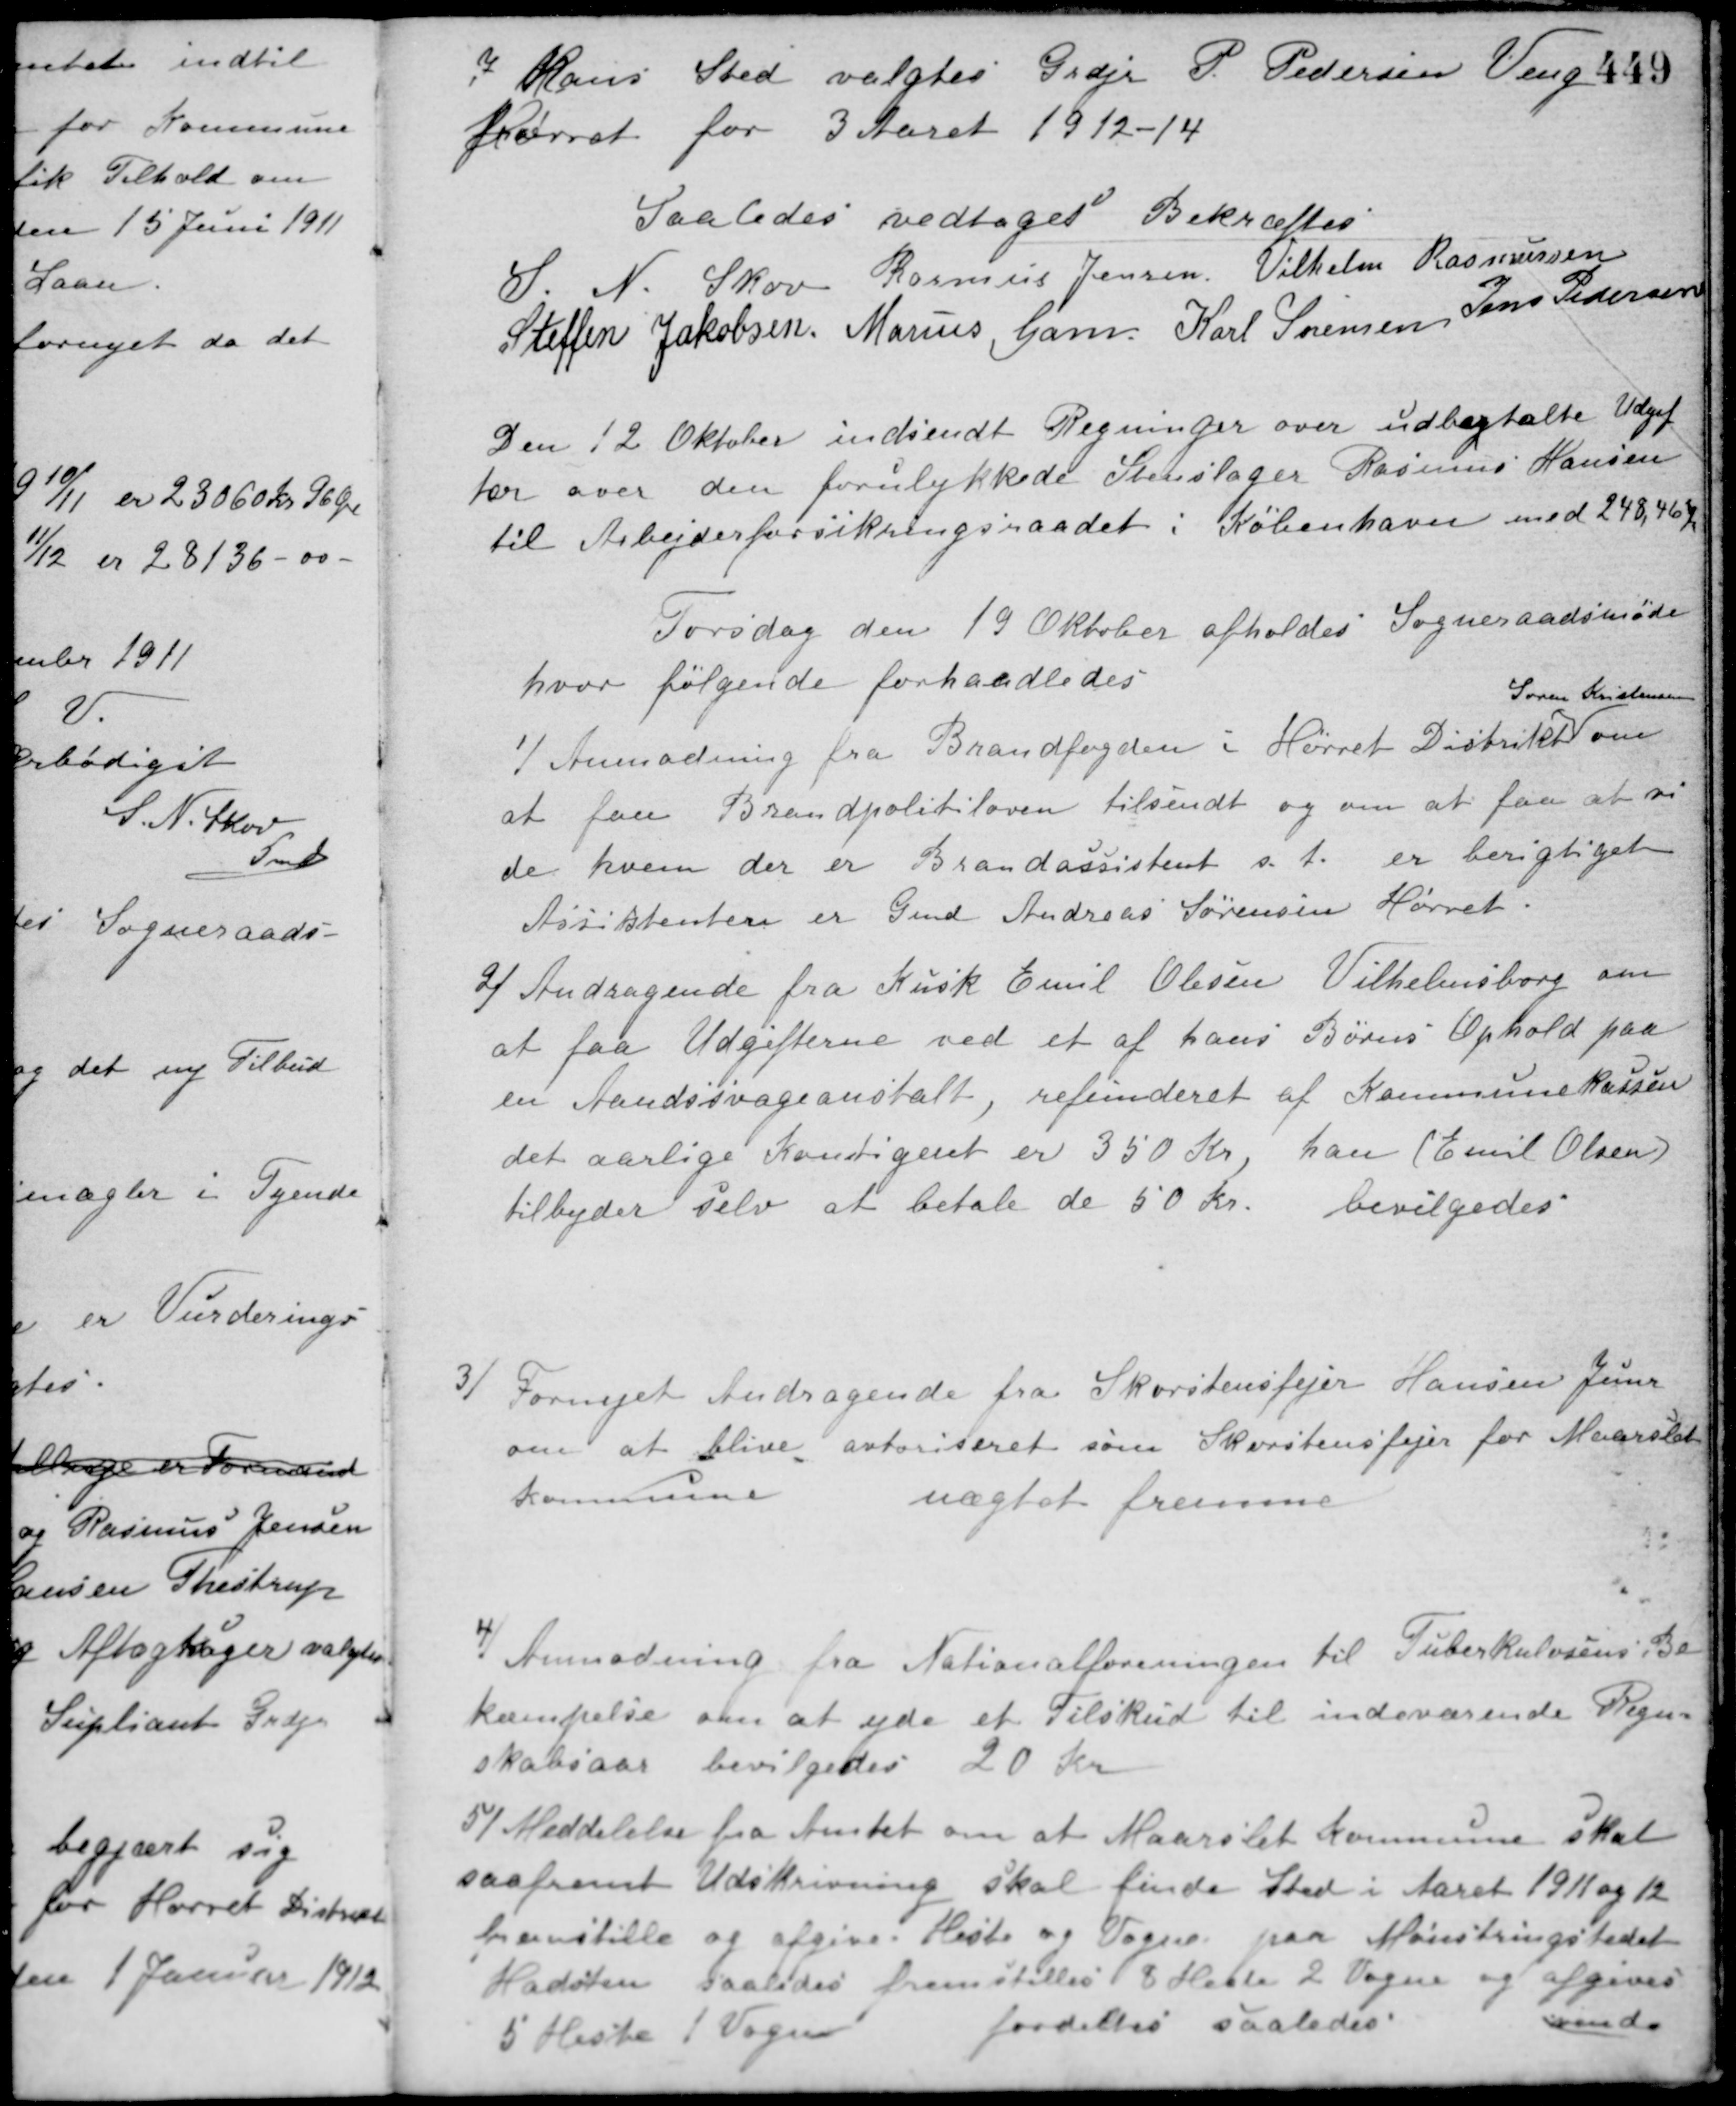
Transskription:
I Hans Sted valgtes Grdjr. P. Pedersen Veng
Hørret for 3 Aaret 1912-14.
Saaledes vedtaget Bekræftes
S. N. Skov Rasmus Jensen Vilhelm Rasmussen
Steffen Jakobsen Marius Gam Karl Sørensen Jens Pedersen
Den 12 Oktober indsendt Regninger over udbetalte Udgif-
ter over den forulykkede Stenslager Rasmus Hansen
til Arbejderforsikringsraadet i København med 248,46 Kr.
Torsdag den 19 Oktober afholdes Sogneraadsmøde
hvor følgende forhandledes
1/ Anmodning fra Brandfogden i Hørret Distrikt
Søren Kristensen
om
at faa Brandpolitiloven tilsendt og om at faa at vi-
de hvem der er Brandassistent s. t. er berigtiget.
Assistenten er Gmd. Andreas Sørensen Hørret
2/ Andragende fra Kusk Emil Olesen Vilhelmsborg om
at faa Udgifterne ved et af hans Børns Ophold paa
en Aandssvageanstalt, refunderet af Kommunekassen
det aarlige Kontigent er 350 Kr., han (Emil Olsen)
tilbyder selv at betale de 50 Kr. bevilgedes.
3/ Fornyet Andragende fra Skorstensfejer Hansen Jexxx
om at blive autoriseret som Skorstensfejer for Maarslet
Kommune
nægtet fremme.
4/ Anmodning fra Nationalforeningen til Tuberkulosens Be-
kæmpelse om at yde et Tilskud til indeværende Regn-
skabsaar bevilgedes 20 Kr.
5/ Meddelelse fra Amtet om at Maarslet Kommune skal
saafremt Udskrivning skal finde Sted i Aaret 1911 og 12
fremstille og afgive Heste og Vogne paa Mønstringstedet
i Hadsten saaledes fremstilles i 8 Heste 2 Vogne og afgive
5 Heste 1 Vogn
fordeltes saaledes:
vend